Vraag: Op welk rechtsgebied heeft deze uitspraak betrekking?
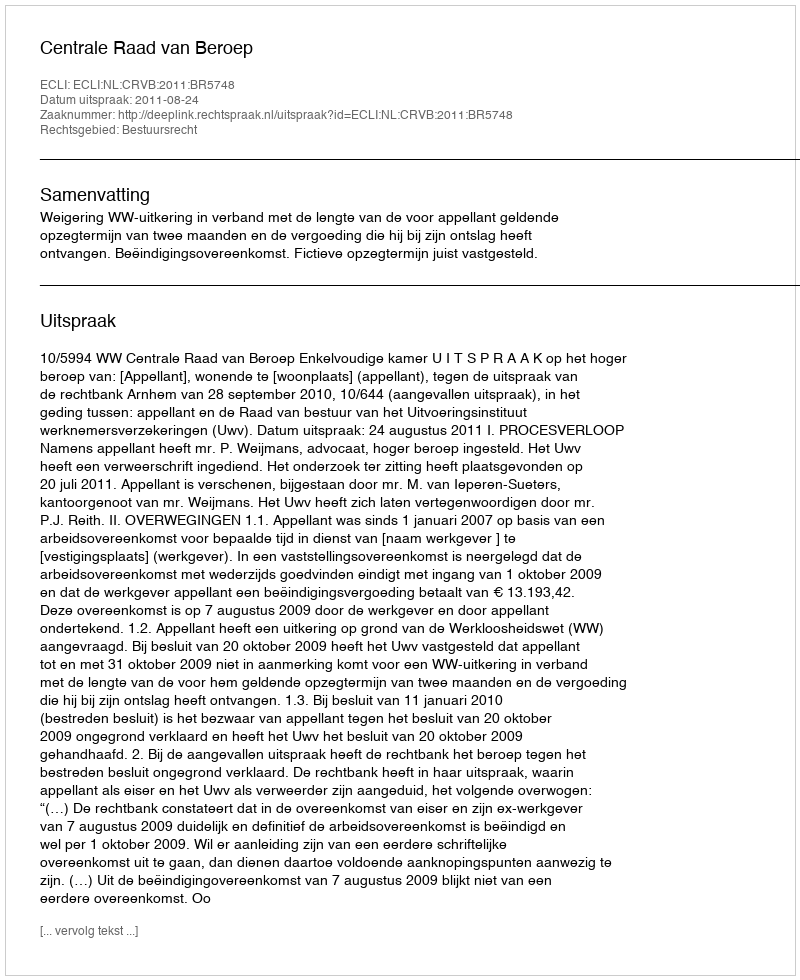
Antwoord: Bestuursrecht